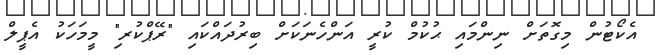
އެކޯޓުން މިގޮތަށް ނިންމައި ޙުކުމް ކުރީ އަންހެނަކަށް ބިރުދައްކައި "ރޭޕްކުރ"ި މީމަހަކު އެޕީލް